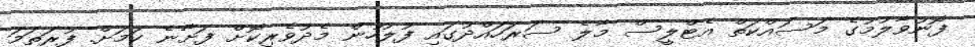
ފޮނުވާލުމުުގެ މަސައްކަތް އެޓްލީސް މާލެ ސަރަހައްދުގައި ފުލުހުން މެދުވެރިކޮށް ފަށާނެ ކަމަށް. ފުރަތަމަ